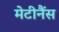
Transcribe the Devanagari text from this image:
मेटीनैंस